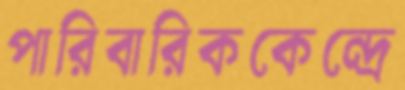
পারিবারিককেন্দ্রে